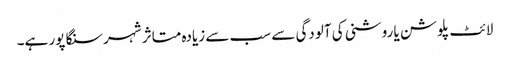
لائٹ پلوشن یا روشنی کی آلودگی سے سب سے زیادہ متاثر شہر سنگا پور ہے۔